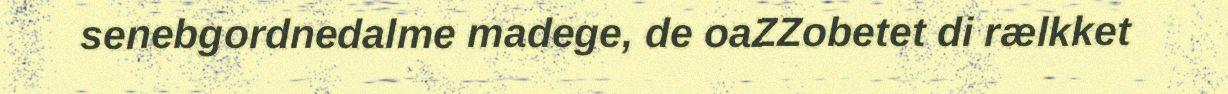
senebgordnedalme madege, de oaZZobetet di rælkket